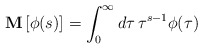
\begin{align*}\mathbf{M} \,[ \phi(s)] = \int_0^{\infty} d \tau \,\tau^{s-1} \phi (\tau)\end{align*}